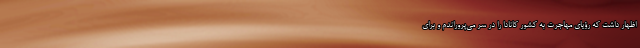
اظهار داشت که رؤیای مهاجرت به کشور کانادا را در سر می‌پروراندم و برای